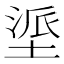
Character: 𫮏